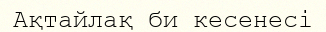
Ақтайлақ би кесенесі